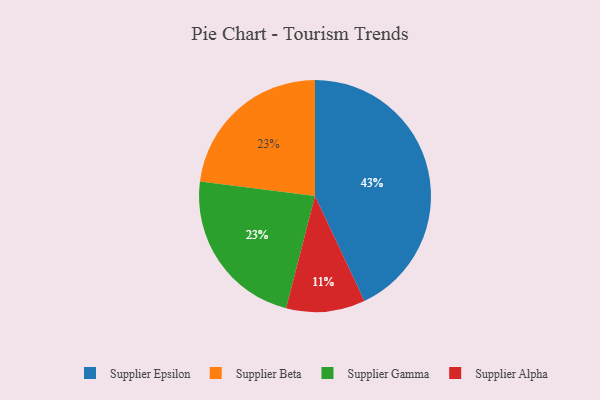
{"axis": {"x": "Category", "y": "Percentage"}, "legend": ["Supplier Alpha", "Supplier Beta", "Supplier Epsilon", "Supplier Gamma"], "data": [{"x": "Supplier Epsilon", "y": 43, "type": "Supplier Epsilon"}, {"x": "Supplier Beta", "y": 23, "type": "Supplier Beta"}, {"x": "Supplier Gamma", "y": 23, "type": "Supplier Gamma"}, {"x": "Supplier Alpha", "y": 11, "type": "Supplier Alpha"}]}